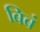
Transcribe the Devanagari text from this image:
बिबं